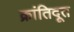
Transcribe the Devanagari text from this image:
क्रांतिदूत